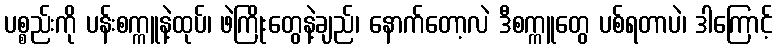
ပစ္စည်းကို ပန်းစက္ကူနဲ့ထုပ်၊ ဖဲကြိုးတွေနဲ့ချည်၊ နောက်တော့လဲ ဒီစက္ကူတွေ ပစ်ရတာပဲ၊ ဒါကြောင့်